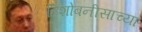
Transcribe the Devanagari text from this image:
हिशोबनीसाच्या